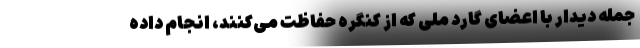
جمله دیدار با اعضای گارد ملی که از کنگره حفاظت می‌کنند، انجام داده